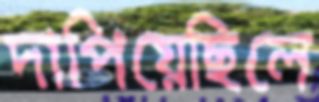
দাপিয়েছিলে